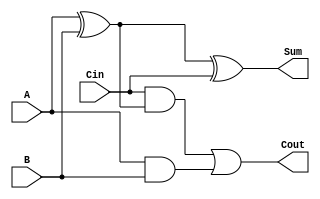
//-----------------------------------------------------------------------------
// UEFS TEC 499
// Lab 0, 2016.1
// Module: FA.v
// Desc: 1-bit Full Adder
//       You may only use structural verilog in this module.       
//-----------------------------------------------------------------------------
module FA(
    input A, B, Cin,
    output Sum, Cout
);
   wire temp_1, temp_2, temp_3;
	
	xor (temp_1, A, B);
	xor (Sum, temp_1, Cin);
	
	and (temp_2, Cin, temp_1);
	and (temp_3, A, B);
	
	or (Cout, temp_2, temp_3);
endmodule